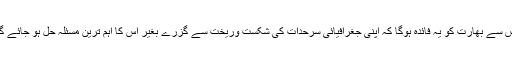
اس سے بھارت کو یہ فائدہ ہوگا کہ اپنی جغرافیائی سرحدات کی شکست وریخت سے گزرے بغیر اس کا اہم ترین مسئلہ حل ہو جائے گا۔